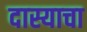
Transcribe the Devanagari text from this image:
दास्याचा